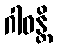
ဂါဓန္တိ